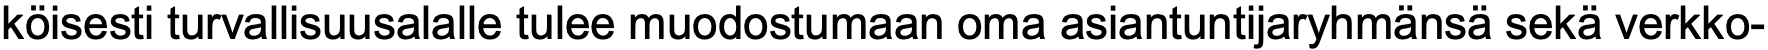
köisesti turvallisuusalalle tulee muodostumaan oma asiantuntijaryhmänsä sekä verkko-